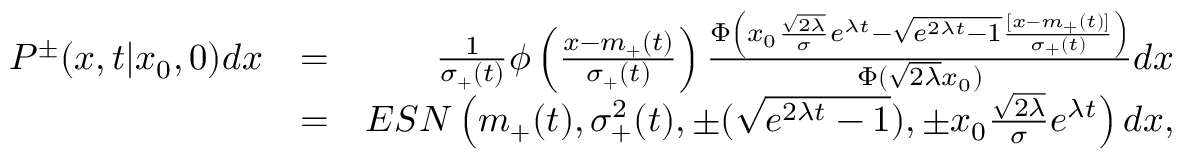
\begin{array} { r l r } { P ^ { \pm } ( x , t | x _ { 0 } , 0 ) d x } & { = } & { \frac { 1 } { \sigma _ { + } ( t ) } \phi \left( { \frac { x - m _ { + } ( t ) } { \sigma _ { + } ( t ) } } \right) \frac { \Phi \left( x _ { 0 } \frac { \sqrt { 2 \lambda } } { \sigma } e ^ { \lambda t } - \sqrt { e ^ { 2 \lambda t } - 1 } { \frac { [ x - m _ { + } ( t ) ] } { \sigma _ { + } ( t ) } } \right) } { \Phi ( \sqrt { 2 \lambda } x _ { 0 } ) } d x } \\ & { = } & { E S N \left( m _ { + } ( t ) , \sigma _ { + } ^ { 2 } ( t ) , \pm ( \sqrt { e ^ { 2 \lambda t } - 1 } ) , \pm x _ { 0 } \frac { \sqrt { 2 \lambda } } { \sigma } e ^ { \lambda t } \right) d x , } \end{array}